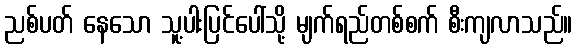
ညစ်ပတ် နေသော သူ့ပါးပြင်ပေါ်သို့ မျက်ရည်တစ်စက် စီးကျလာသည်။